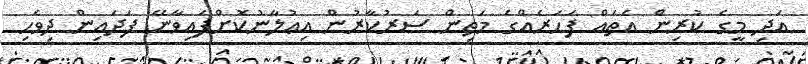
އަދި މީގެ ކުރިން އެތައް ފަހަރެއްގެ މަތިން ސަރުކާރުން އިޢުލާނުކޮށްފައިވާނޭ ފަދައިން ދިވެހި